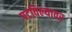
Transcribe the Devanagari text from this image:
पटविल्यावर